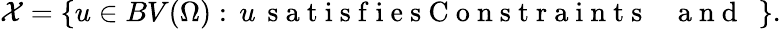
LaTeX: \mathcal X=\{ u\in BV(\Omega):\, u\, \mathrm{~s~a~t~i~s~f~i~e~s~C~o~n~s~t~r~a~i~n~t~s~~~~~a~n~d~~~}\} .